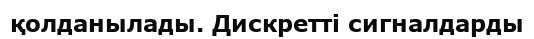
қолданылады. Дискретті сигналдарды